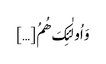
وَ اُولٰئِکَ ھُمُ […]